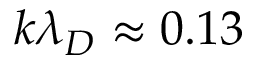
k \lambda _ { D } \approx 0 . 1 3